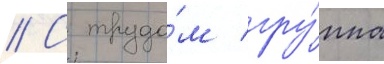
// С трудо́м гру́ппа